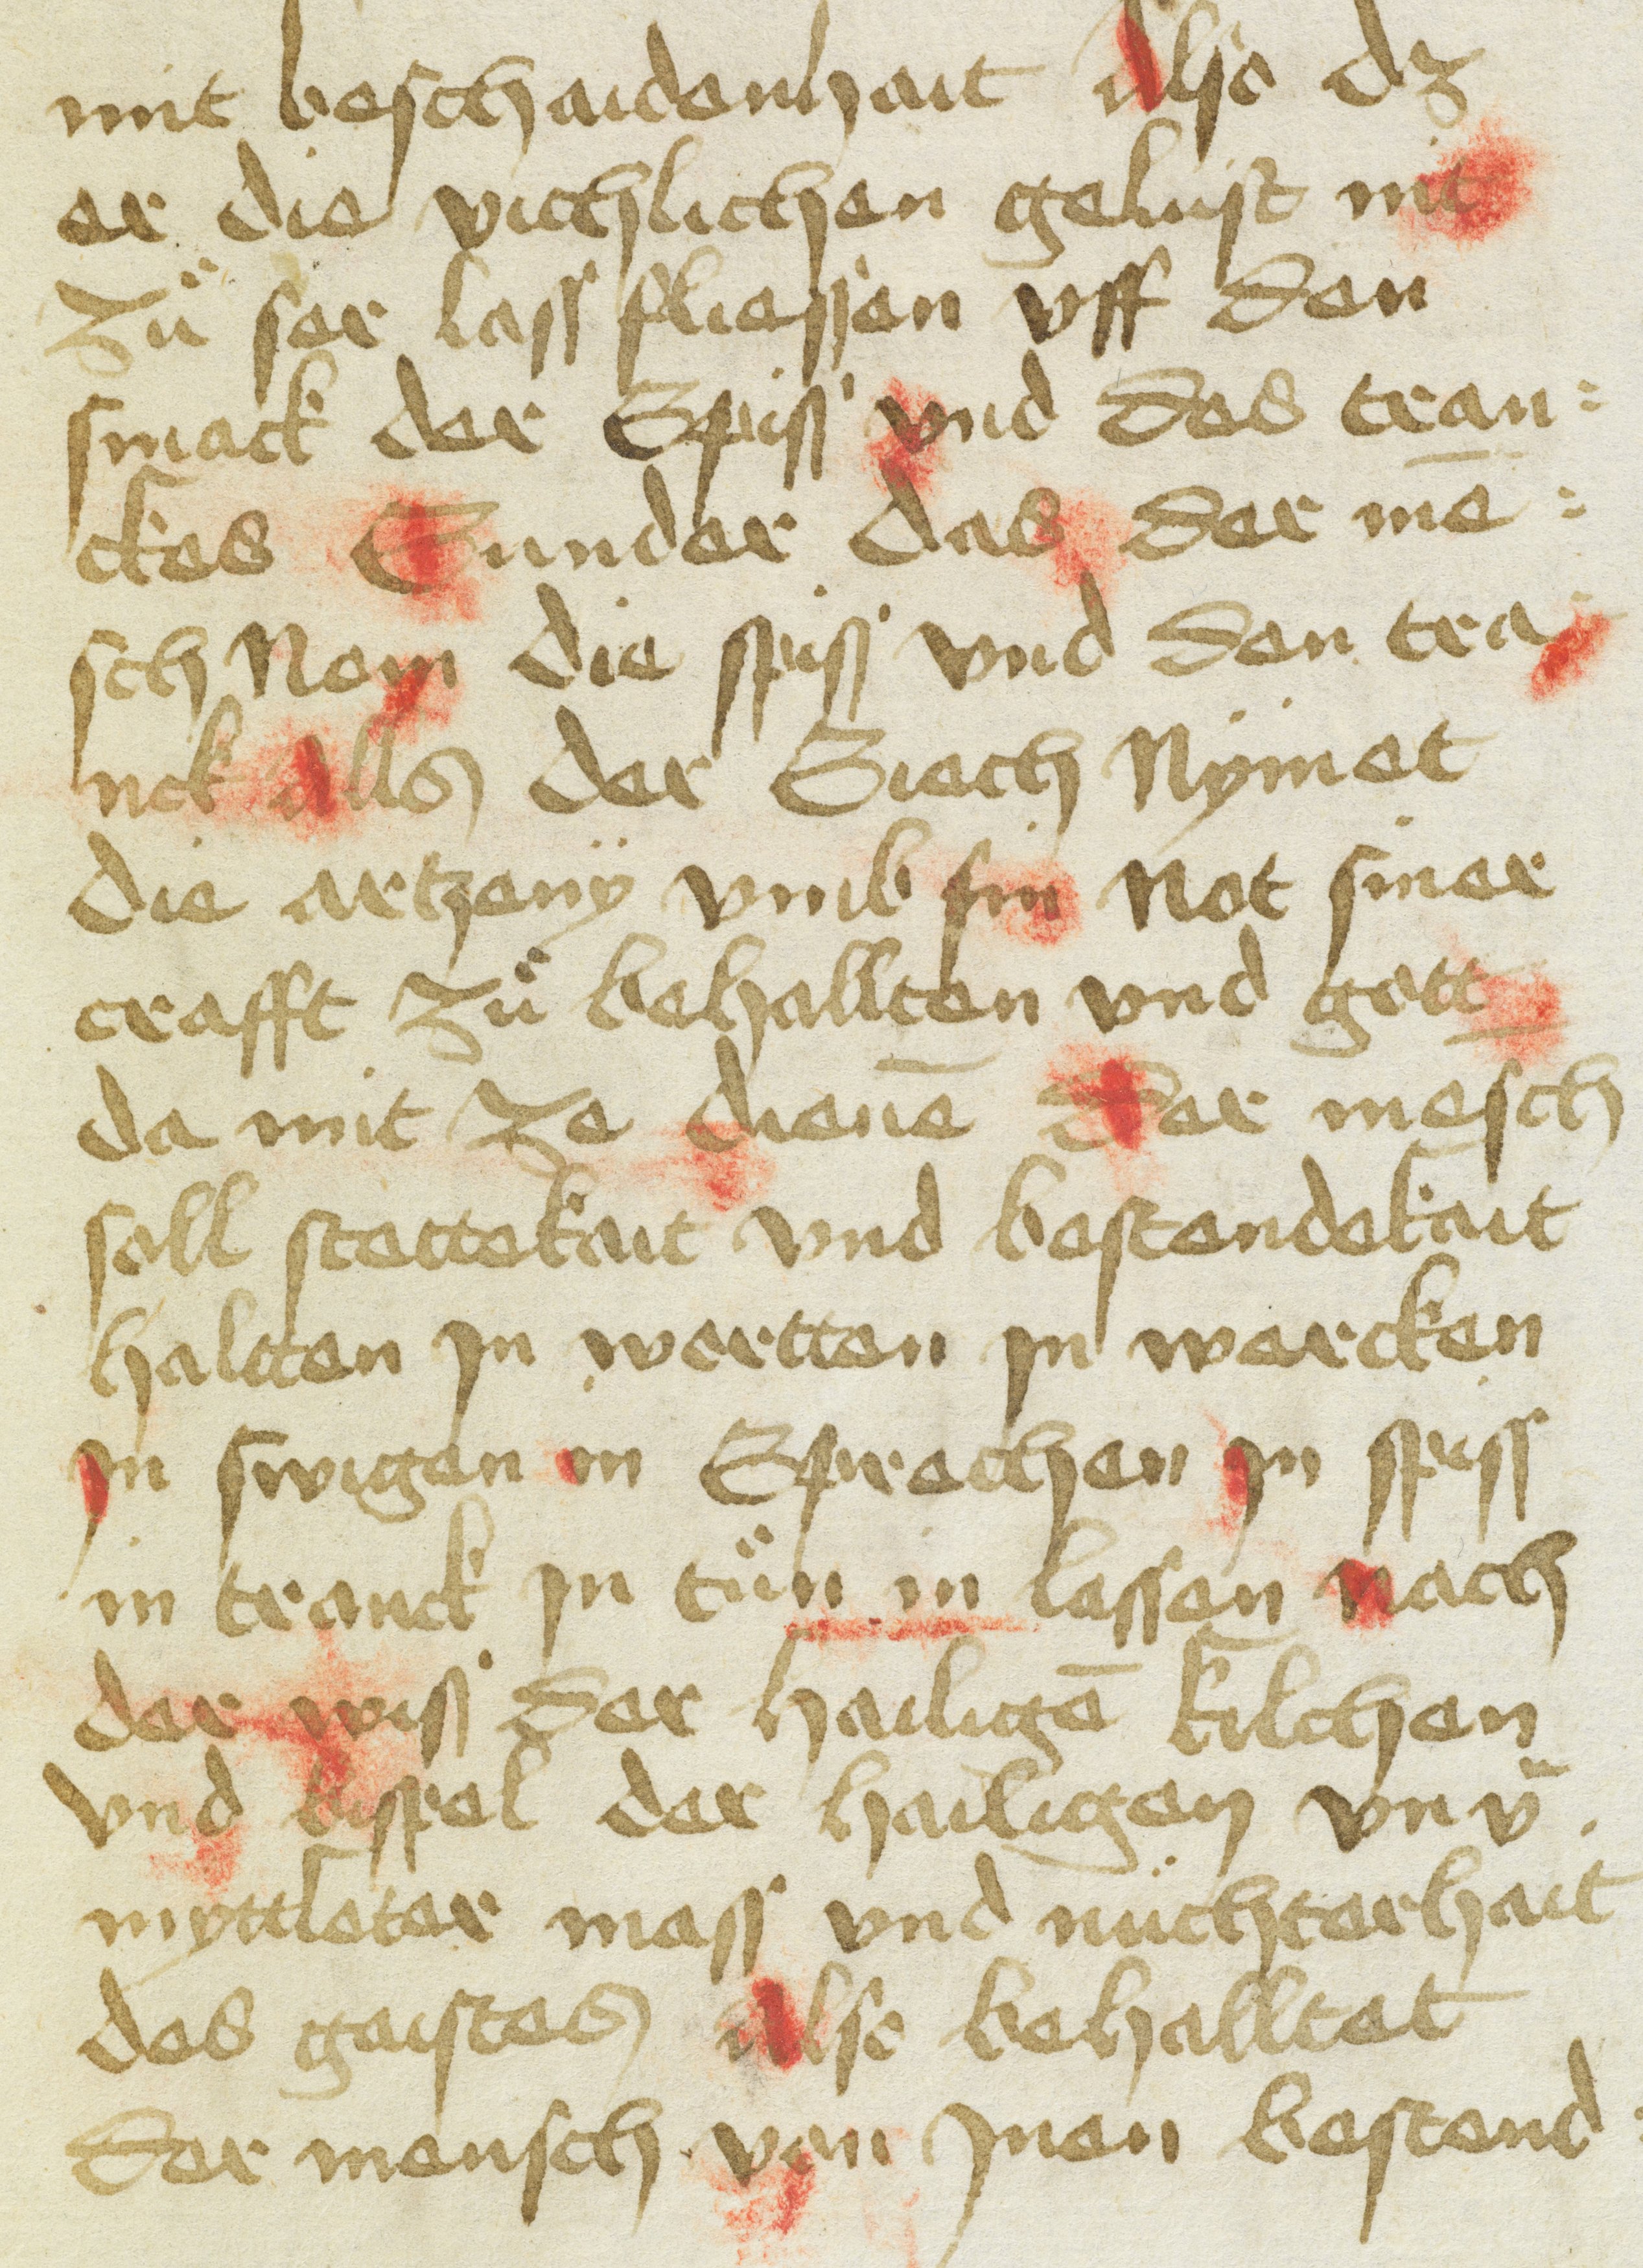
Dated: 1400–1499